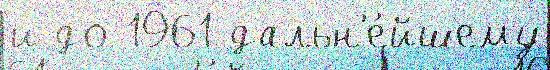
и до 1961 дальн'е́йшему